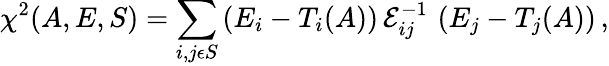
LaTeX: \chi^{2}(A,E,S)=\sum_{i,j\epsilon S}\left(E_{i}-T_{i}(A)\right)\, {\cal E}_{ij}^{-1}\, \left(E_{j}-T_{j}(A)\right)\, ,